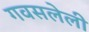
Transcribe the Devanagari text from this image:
गवसलेली